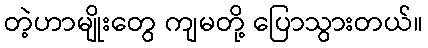
တဲ့ဟာမျိုးတွေ ကျမတို့ ပြောသွားတယ်။